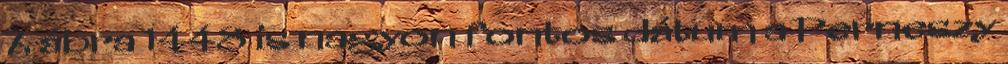
7. ábra 1448 is nagyon fontos dátum a Perneszy